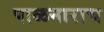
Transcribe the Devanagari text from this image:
पाळनाराच